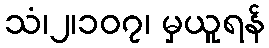
သံ၊၂၊၁၀၇၊ မှယူရန်